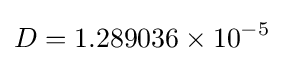
D=1.289036\times 10^{-5}